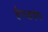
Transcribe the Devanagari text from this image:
हैण्डपंप